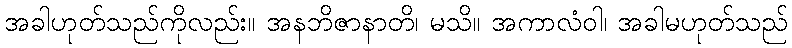
အခါဟုတ်သည်ကိုလည်း။ အနဘိဇာနာတိ၊ မသိ။ အကာလံဝါ၊ အခါမဟုတ်သည်